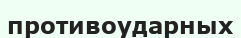
противоударных